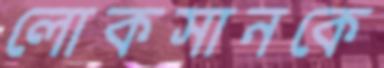
লোকসানকে